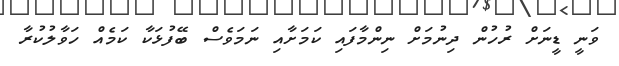
ވަނީ ޑީނަށް ރުހުން ދިނުމަށް ނިންމާފައި ކަމަށާއި ނަމަވެސް ބޭފުޅަކާ ކަމެއް ހަވާލުކުރާ